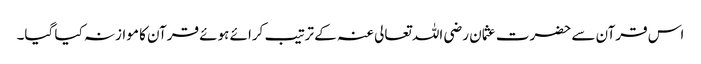
اس قرآن سے حضرت عثمان رضی اللہ تعالی عنہ کے ترتیب کرائے ہوئے قرآن کا موازنہ کیا گیا۔